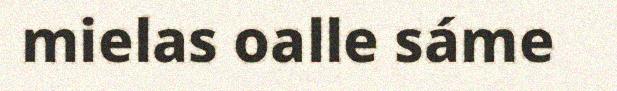
mielas oalle sáme